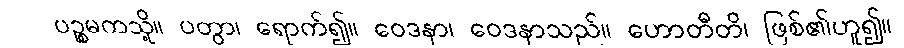
ပဉ္စမကသို့။ ပတွာ၊ ရောက်၍။ ဝေဒနာ၊ ဝေဒနာသည်။ ဟောတီတိ၊ ဖြစ်၏ဟူ၍။